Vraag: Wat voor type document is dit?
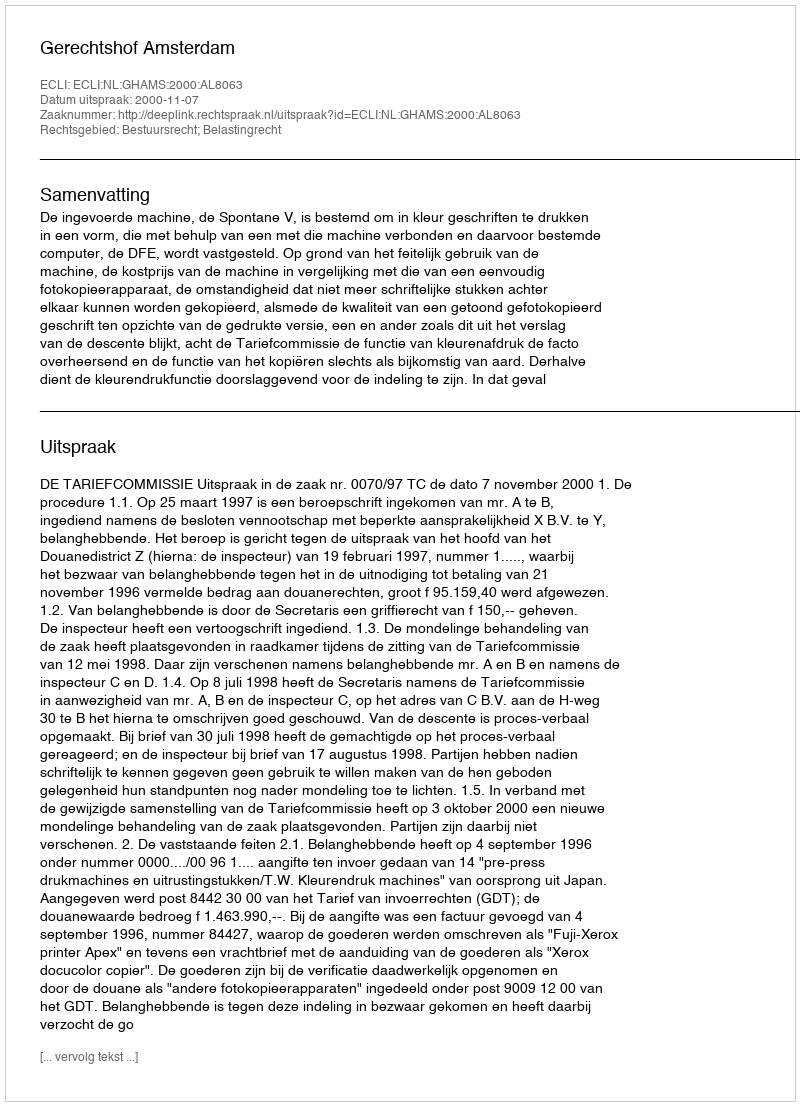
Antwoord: Uitspraak